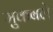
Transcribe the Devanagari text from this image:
मुकबले